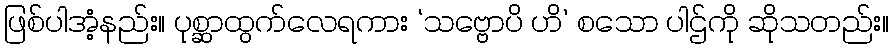
ဖြစ်ပါအံ့နည်း။ ပုစ္ဆာထွက်လေရကား ‘သဗ္ဗောပိ ဟိ’ စသော ပါဌ်ကို ဆိုသတည်း။